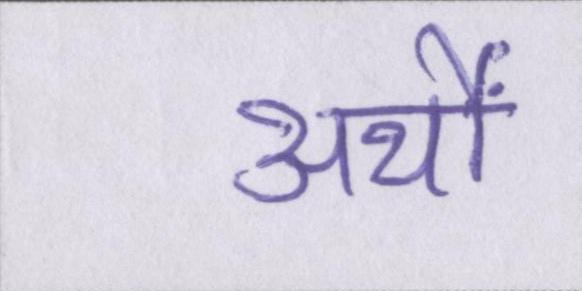
अर्थों